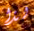
لذا